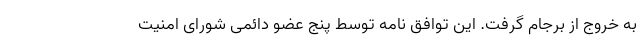
به خروج از برجام گرفت. این توافق نامه توسط پنج عضو دائمی شورای امنیت